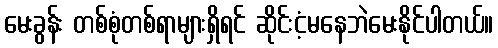
မေးခွန်း တစ်စုံတစ်ရာများရှိရင် ဆိုင်းငံ့မနေဘဲမေးနိုင်ပါတယ်။